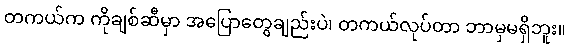
တကယ်က ကိုချစ်ဆီမှာ အပြောတွေချည်းပဲ၊ တကယ်လုပ်တာ ဘာမှမရှိဘူး။